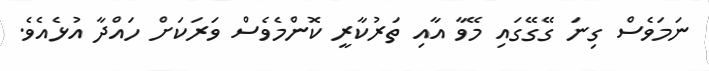
ނަމަވެސް ގިނަ ގޭގޭގައި މޭވާ އާއި ތަރުކާރީ ކޮންމެވެސް ވަރަކަށް ހައްދާ އުޅެއެވެ.